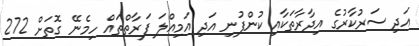
އަދި ސަރުކާރުގެ އިދާރާތަކާއި ކުންފުނި އަދި އަމިއްލަ ފަރާތްތައް ހިމެނޭ ގޮތަށް 272